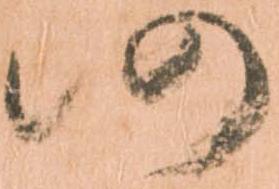
仍